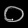
Digit: ၀